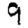
Digit: 9